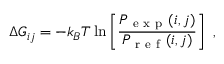
\Delta G _ { i j } = - k _ { B } T \ln \left[ \frac { P _ { \mathrm { ~ e ~ x ~ p ~ } } ( i , j ) } { P _ { \mathrm { ~ r ~ e ~ f ~ } } ( i , j ) } \right] ~ ,